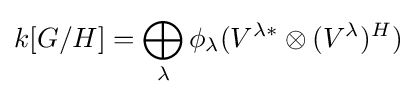
k[G/H]=\bigoplus _{\lambda }\phi _{\lambda }(V^{{\lambda }*}\otimes (V^{\lambda })^{H})